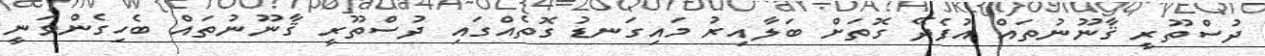
ދުސްތޫރީ ޤާނޫނުތައް އުފެދޭ ގޮތަށް ބަލާއިރު މައިގަނޑު ގޮތެއްގައި ދުސްތޫރީ ޤާނޫނުތައް ބެހިގެންވަނީ